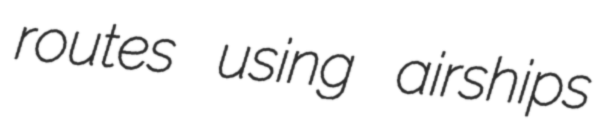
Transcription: routes using airships